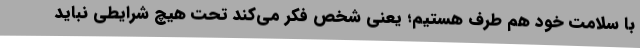
با سلامت خود هم طرف هستیم؛ یعنی شخص فکر می‌کند تحت هیچ شرایطی نباید